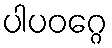
ပါပဝဂ္ဂေ